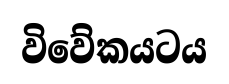
විවේකයටය